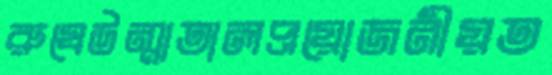
রুষেউন্মাতালপ্রয়োজনীয়ত